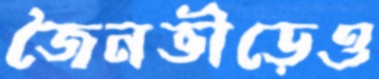
জৈনভীড়েও